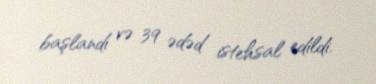
başlandı və 39 ədəd istehsal edildi.